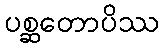
ပစ္ဆတောပိဿ